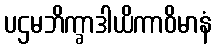
ပဌမဘိက္ခာဒါယိကာဝိမာနံ